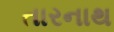
તારનાથ